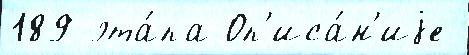
189 эта́па Оп'иса́н'иjе